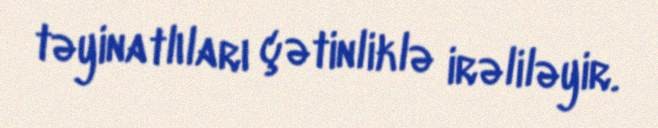
təyinatlıları çətinliklə irəliləyir.